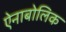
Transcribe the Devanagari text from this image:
ऐनाबोलिक